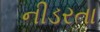
નીડરતા